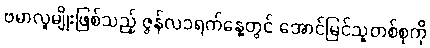
ဗမာလူမျိုးဖြစ်သည့် ဇွန်လ၁ရက်နေ့တွင် အောင်မြင်သူတစ်စုကို